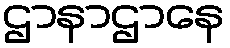
ဌာနာဌာနေ